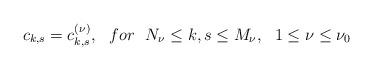
LaTeX: \begin{align*}c_{k,s}=c_{k,s}^{(\nu)},\ \ for \ \ N_\nu \leq k,s \leq M_\nu, \ \ 1\leq \nu \leq \nu_0\end{align*}